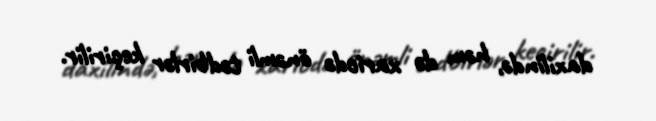
daxilində, həm də xaricdə önəmli tədbirlər keçirilir.